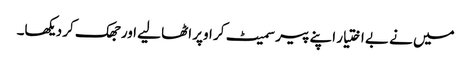
میں نے بے اختیار اپنے پیر سمیٹ کر اوپر اٹھا لیے اور جھک کر دیکھا۔